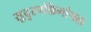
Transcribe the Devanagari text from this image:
सुदुरपश्चिमांचल